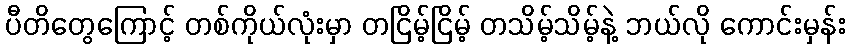
ပီတိတွေကြောင့် တစ်ကိုယ်လုံးမှာ တငြိမ့်ငြိမ့် တသိမ့်သိမ့်နဲ့ ဘယ်လို ကောင်းမှန်း